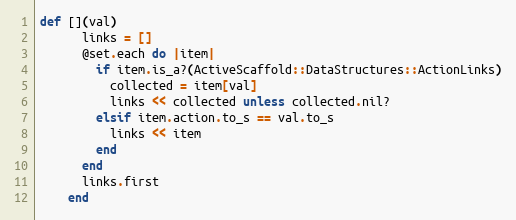
Language: Ruby
def [](val)
      links = []
      @set.each do |item|
        if item.is_a?(ActiveScaffold::DataStructures::ActionLinks)
          collected = item[val]
          links << collected unless collected.nil?
        elsif item.action.to_s == val.to_s
          links << item
        end
      end
      links.first
    end